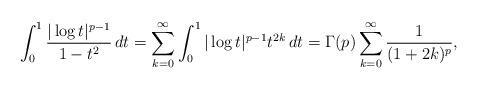
LaTeX: \begin{align*}\int_0^1 \frac{|\log t|^{p-1}}{1-t^2}\, dt&=\sum_{k=0}^\infty\int_0^1|\log t|^{p-1} t^{2k}\, dt=\Gamma(p)\sum_{k=0}^\infty \frac{1}{(1+2k)^p},\end{align*}